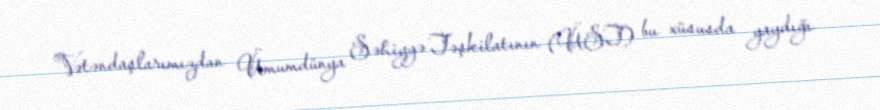
Vətəndaşlarımızdan Ümumdünya Səhiyyə Təşkilatının (ÜST) bu xüsusda yaydığı